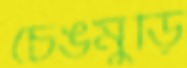
চেঙমুড়ি